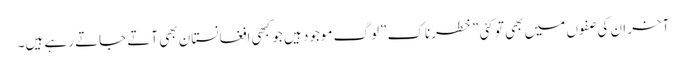
آخر ان کی صفوں میں بھی تو کئی \”خطرناک \”لوگ موجود ہیں جو کبھی افغانستان بھی آتے جاتے رہے ہیں۔